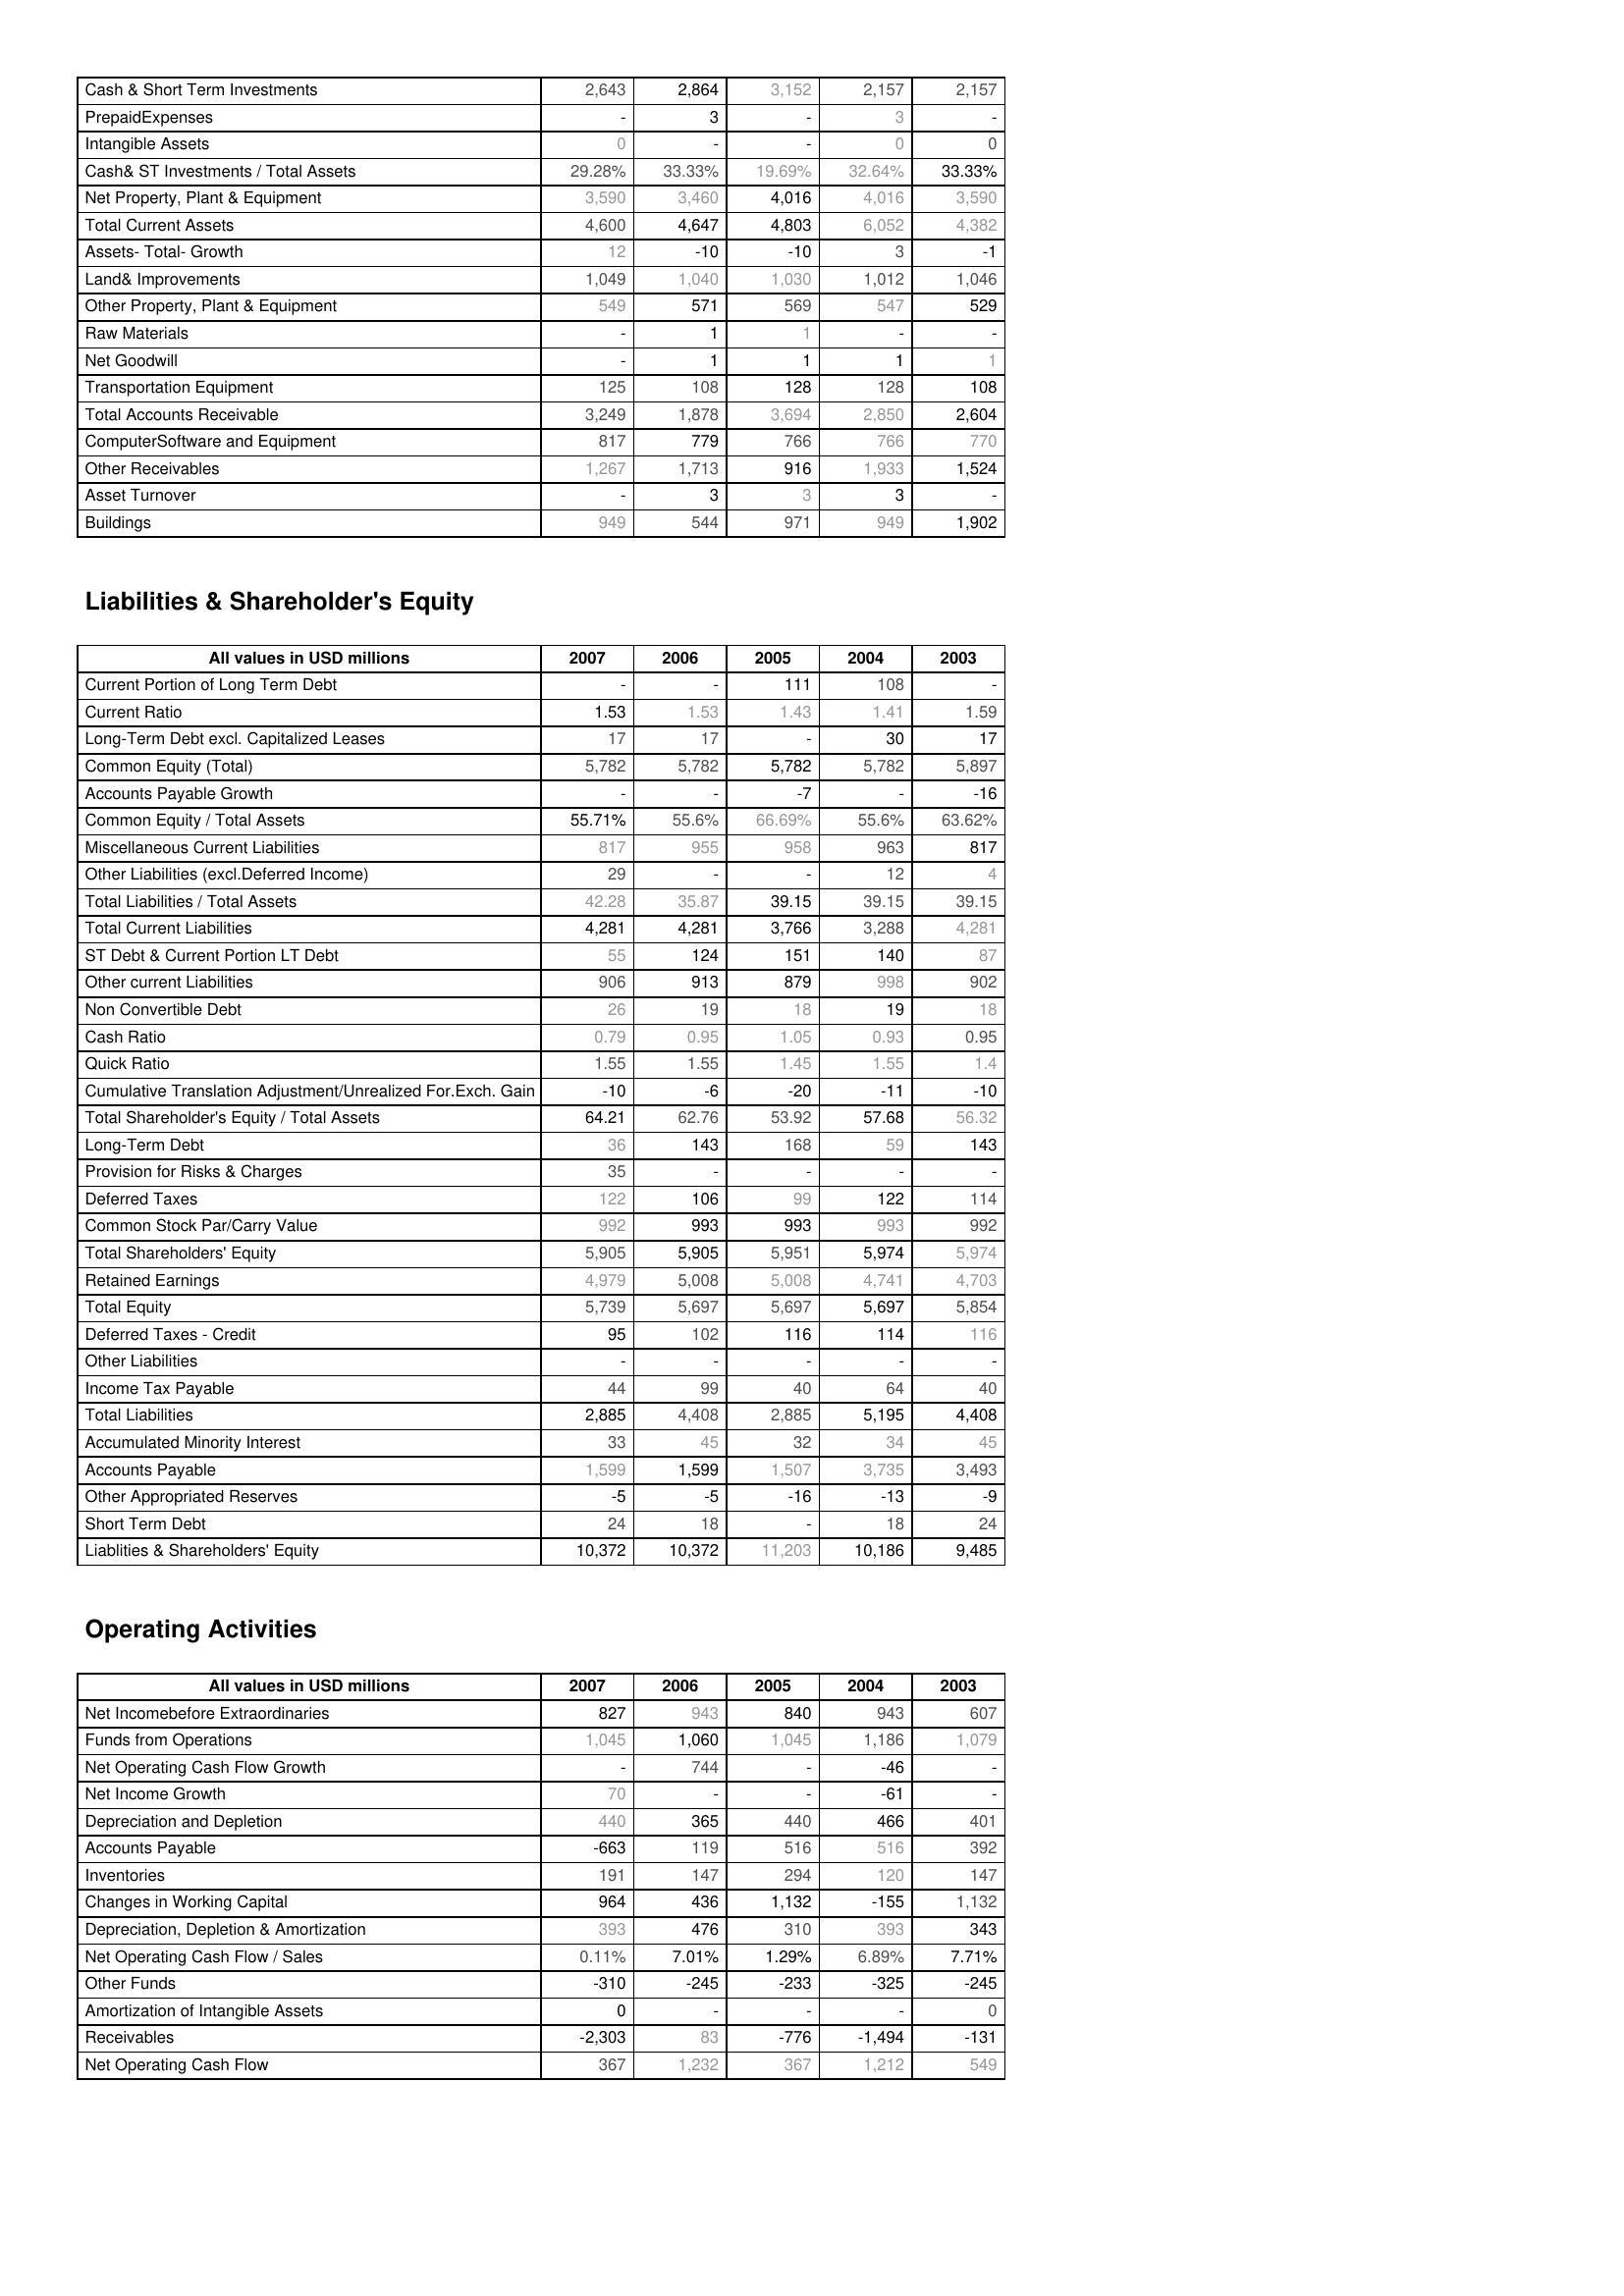
2007: Assets: Cash & Short Term Investments: 2,643
PrepaidExpenses: -
Intangible Assets: 0
Cash& ST Investments / Total Assets: 29.28%
Net Property, Plant & Equipment: 3,590
Total Current Assets: 4,600
Assets- Total- Growth: 12
Land& Improvements: 1,049
Other Property, Plant & Equipment: 549
Raw Materials: -
Net Goodwill: -
Transportation Equipment: 125
Total Accounts Receivable: 3,249
ComputerSoftware and Equipment: 817
Other Receivables: 1,267
Asset Turnover: -
Buildings: 949
Liabilities & Shareholder's Equity: Current Portion of Long Term Debt: -
Current Ratio: 1.53
Long-Term Debt excl. Capitalized Leases: 17
Common Equity (Total): 5,782
Accounts Payable Growth: -
Common Equity / Total Assets: 55.71%
Miscellaneous Current Liabilities: 817
Other Liabilities (excl.Deferred Income): 29
Total Liabilities / Total Assets: 42.28
Total Current Liabilities: 4,281
ST Debt & Current Portion LT Debt: 55
Other current Liabilities: 906
Non Convertible Debt: 26
Cash Ratio: 0.79
Quick Ratio: 1.55
Cumulative Translation Adjustment/Unrealized For.Exch. Gain: -10
Total Shareholder's Equity / Total Assets: 64.21
Long-Term Debt: 36
Provision for Risks & Charges: 35
Deferred Taxes: 122
Common Stock Par/Carry Value: 992
Total Shareholders' Equity: 5,905
Retained Earnings: 4,979
Total Equity: 5,739
Deferred Taxes - Credit: 95
Other Liabilities: -
Income Tax Payable: 44
Total Liabilities: 2,885
Accumulated Minority Interest: 33
Accounts Payable: 1,599
Other Appropriated Reserves: -5
Short Term Debt: 24
Liablities & Shareholders' Equity: 10,372
Operating Activities: Net Incomebefore Extraordinaries: 827
Funds from Operations: 1,045
Net Operating Cash Flow Growth: -
Net Income Growth: 70
Depreciation and Depletion: 440
Accounts Payable: -663
Inventories: 191
Changes in Working Capital: 964
Depreciation, Depletion & Amortization: 393
Net Operating Cash Flow / Sales: 0.11%
Other Funds: -310
Amortization of Intangible Assets: 0
Receivables: -2,303
Net Operating Cash Flow: 367
2006: Assets: Cash & Short Term Investments: 2,864
PrepaidExpenses: 3
Intangible Assets: -
Cash& ST Investments / Total Assets: 33.33%
Net Property, Plant & Equipment: 3,460
Total Current Assets: 4,647
Assets- Total- Growth: -10
Land& Improvements: 1,040
Other Property, Plant & Equipment: 571
Raw Materials: 1
Net Goodwill: 1
Transportation Equipment: 108
Total Accounts Receivable: 1,878
ComputerSoftware and Equipment: 779
Other Receivables: 1,713
Asset Turnover: 3
Buildings: 544
Liabilities & Shareholder's Equity: Current Portion of Long Term Debt: -
Current Ratio: 1.53
Long-Term Debt excl. Capitalized Leases: 17
Common Equity (Total): 5,782
Accounts Payable Growth: -
Common Equity / Total Assets: 55.6%
Miscellaneous Current Liabilities: 955
Other Liabilities (excl.Deferred Income): -
Total Liabilities / Total Assets: 35.87
Total Current Liabilities: 4,281
ST Debt & Current Portion LT Debt: 124
Other current Liabilities: 913
Non Convertible Debt: 19
Cash Ratio: 0.95
Quick Ratio: 1.55
Cumulative Translation Adjustment/Unrealized For.Exch. Gain: -6
Total Shareholder's Equity / Total Assets: 62.76
Long-Term Debt: 143
Provision for Risks & Charges: -
Deferred Taxes: 106
Common Stock Par/Carry Value: 993
Total Shareholders' Equity: 5,905
Retained Earnings: 5,008
Total Equity: 5,697
Deferred Taxes - Credit: 102
Other Liabilities: -
Income Tax Payable: 99
Total Liabilities: 4,408
Accumulated Minority Interest: 45
Accounts Payable: 1,599
Other Appropriated Reserves: -5
Short Term Debt: 18
Liablities & Shareholders' Equity: 10,372
Operating Activities: Net Incomebefore Extraordinaries: 943
Funds from Operations: 1,060
Net Operating Cash Flow Growth: 744
Net Income Growth: -
Depreciation and Depletion: 365
Accounts Payable: 119
Inventories: 147
Changes in Working Capital: 436
Depreciation, Depletion & Amortization: 476
Net Operating Cash Flow / Sales: 7.01%
Other Funds: -245
Amortization of Intangible Assets: -
Receivables: 83
Net Operating Cash Flow: 1,232
2005: Assets: Cash & Short Term Investments: 3,152
PrepaidExpenses: -
Intangible Assets: -
Cash& ST Investments / Total Assets: 19.69%
Net Property, Plant & Equipment: 4,016
Total Current Assets: 4,803
Assets- Total- Growth: -10
Land& Improvements: 1,030
Other Property, Plant & Equipment: 569
Raw Materials: 1
Net Goodwill: 1
Transportation Equipment: 128
Total Accounts Receivable: 3,694
ComputerSoftware and Equipment: 766
Other Receivables: 916
Asset Turnover: 3
Buildings: 971
Liabilities & Shareholder's Equity: Current Portion of Long Term Debt: 111
Current Ratio: 1.43
Long-Term Debt excl. Capitalized Leases: -
Common Equity (Total): 5,782
Accounts Payable Growth: -7
Common Equity / Total Assets: 66.69%
Miscellaneous Current Liabilities: 958
Other Liabilities (excl.Deferred Income): -
Total Liabilities / Total Assets: 39.15
Total Current Liabilities: 3,766
ST Debt & Current Portion LT Debt: 151
Other current Liabilities: 879
Non Convertible Debt: 18
Cash Ratio: 1.05
Quick Ratio: 1.45
Cumulative Translation Adjustment/Unrealized For.Exch. Gain: -20
Total Shareholder's Equity / Total Assets: 53.92
Long-Term Debt: 168
Provision for Risks & Charges: -
Deferred Taxes: 99
Common Stock Par/Carry Value: 993
Total Shareholders' Equity: 5,951
Retained Earnings: 5,008
Total Equity: 5,697
Deferred Taxes - Credit: 116
Other Liabilities: -
Income Tax Payable: 40
Total Liabilities: 2,885
Accumulated Minority Interest: 32
Accounts Payable: 1,507
Other Appropriated Reserves: -16
Short Term Debt: -
Liablities & Shareholders' Equity: 11,203
Operating Activities: Net Incomebefore Extraordinaries: 840
Funds from Operations: 1,045
Net Operating Cash Flow Growth: -
Net Income Growth: -
Depreciation and Depletion: 440
Accounts Payable: 516
Inventories: 294
Changes in Working Capital: 1,132
Depreciation, Depletion & Amortization: 310
Net Operating Cash Flow / Sales: 1.29%
Other Funds: -233
Amortization of Intangible Assets: -
Receivables: -776
Net Operating Cash Flow: 367
2004: Assets: Cash & Short Term Investments: 2,157
PrepaidExpenses: 3
Intangible Assets: 0
Cash& ST Investments / Total Assets: 32.64%
Net Property, Plant & Equipment: 4,016
Total Current Assets: 6,052
Assets- Total- Growth: 3
Land& Improvements: 1,012
Other Property, Plant & Equipment: 547
Raw Materials: -
Net Goodwill: 1
Transportation Equipment: 128
Total Accounts Receivable: 2,850
ComputerSoftware and Equipment: 766
Other Receivables: 1,933
Asset Turnover: 3
Buildings: 949
Liabilities & Shareholder's Equity: Current Portion of Long Term Debt: 108
Current Ratio: 1.41
Long-Term Debt excl. Capitalized Leases: 30
Common Equity (Total): 5,782
Accounts Payable Growth: -
Common Equity / Total Assets: 55.6%
Miscellaneous Current Liabilities: 963
Other Liabilities (excl.Deferred Income): 12
Total Liabilities / Total Assets: 39.15
Total Current Liabilities: 3,288
ST Debt & Current Portion LT Debt: 140
Other current Liabilities: 998
Non Convertible Debt: 19
Cash Ratio: 0.93
Quick Ratio: 1.55
Cumulative Translation Adjustment/Unrealized For.Exch. Gain: -11
Total Shareholder's Equity / Total Assets: 57.68
Long-Term Debt: 59
Provision for Risks & Charges: -
Deferred Taxes: 122
Common Stock Par/Carry Value: 993
Total Shareholders' Equity: 5,974
Retained Earnings: 4,741
Total Equity: 5,697
Deferred Taxes - Credit: 114
Other Liabilities: -
Income Tax Payable: 64
Total Liabilities: 5,195
Accumulated Minority Interest: 34
Accounts Payable: 3,735
Other Appropriated Reserves: -13
Short Term Debt: 18
Liablities & Shareholders' Equity: 10,186
Operating Activities: Net Incomebefore Extraordinaries: 943
Funds from Operations: 1,186
Net Operating Cash Flow Growth: -46
Net Income Growth: -61
Depreciation and Depletion: 466
Accounts Payable: 516
Inventories: 120
Changes in Working Capital: -155
Depreciation, Depletion & Amortization: 393
Net Operating Cash Flow / Sales: 6.89%
Other Funds: -325
Amortization of Intangible Assets: -
Receivables: -1,494
Net Operating Cash Flow: 1,212
2003: Assets: Cash & Short Term Investments: 2,157
PrepaidExpenses: -
Intangible Assets: 0
Cash& ST Investments / Total Assets: 33.33%
Net Property, Plant & Equipment: 3,590
Total Current Assets: 4,382
Assets- Total- Growth: -1
Land& Improvements: 1,046
Other Property, Plant & Equipment: 529
Raw Materials: -
Net Goodwill: 1
Transportation Equipment: 108
Total Accounts Receivable: 2,604
ComputerSoftware and Equipment: 770
Other Receivables: 1,524
Asset Turnover: -
Buildings: 1,902
Liabilities & Shareholder's Equity: Current Portion of Long Term Debt: -
Current Ratio: 1.59
Long-Term Debt excl. Capitalized Leases: 17
Common Equity (Total): 5,897
Accounts Payable Growth: -16
Common Equity / Total Assets: 63.62%
Miscellaneous Current Liabilities: 817
Other Liabilities (excl.Deferred Income): 4
Total Liabilities / Total Assets: 39.15
Total Current Liabilities: 4,281
ST Debt & Current Portion LT Debt: 87
Other current Liabilities: 902
Non Convertible Debt: 18
Cash Ratio: 0.95
Quick Ratio: 1.4
Cumulative Translation Adjustment/Unrealized For.Exch. Gain: -10
Total Shareholder's Equity / Total Assets: 56.32
Long-Term Debt: 143
Provision for Risks & Charges: -
Deferred Taxes: 114
Common Stock Par/Carry Value: 992
Total Shareholders' Equity: 5,974
Retained Earnings: 4,703
Total Equity: 5,854
Deferred Taxes - Credit: 116
Other Liabilities: -
Income Tax Payable: 40
Total Liabilities: 4,408
Accumulated Minority Interest: 45
Accounts Payable: 3,493
Other Appropriated Reserves: -9
Short Term Debt: 24
Liablities & Shareholders' Equity: 9,485
Operating Activities: Net Incomebefore Extraordinaries: 607
Funds from Operations: 1,079
Net Operating Cash Flow Growth: -
Net Income Growth: -
Depreciation and Depletion: 401
Accounts Payable: 392
Inventories: 147
Changes in Working Capital: 1,132
Depreciation, Depletion & Amortization: 343
Net Operating Cash Flow / Sales: 7.71%
Other Funds: -245
Amortization of Intangible Assets: 0
Receivables: -131
Net Operating Cash Flow: 549